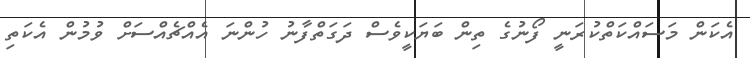
އެކަން މަސައްކަތްކުރަނީ ފޯނުގެ ތިން ބަޔަކީވެސް ދަގަތްފާނު ހުންނަ އެއްޗެއްސަށް ވުމުން އެކަތި